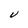
Character: U